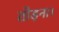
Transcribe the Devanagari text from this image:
तोड़ना।